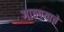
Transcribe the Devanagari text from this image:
गाठण्याचे